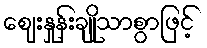
ဈေးနှုန်းချိုသာစွာဖြင့်